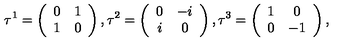
\tau ^ { 1 } = \left( \begin{array} { c c } { 0 } & { 1 } \\ { 1 } & { 0 } \\ \end{array} \right) , \tau ^ { 2 } = \left( \begin{array} { c c } { 0 } & { - i } \\ { i } & { 0 } \\ \end{array} \right) , \tau ^ { 3 } = \left( \begin{array} { c c } { 1 } & { 0 } \\ { 0 } & { - 1 } \\ \end{array} \right) ,